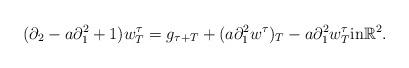
LaTeX: \begin{align*}(\partial_2 - a \partial_1^2 +1 ) w^{\tau}_T = g_{\tau +T} + (a \partial_1^2 w^{\tau})_T - a \partial_1^2 w^{\tau}_T \textrm{in} \mathbb{R}^2.\end{align*}